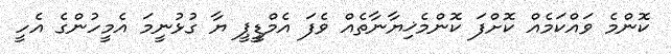
ކޮންމެ ވައްކަމެއް ކޮށްފަ ކޮންމެޚިޔާނާތެއް ވެފަ އެމްޑީީޕީ ޔާ ގުޅުނީމަ އެމީހުންގެ އެހީ